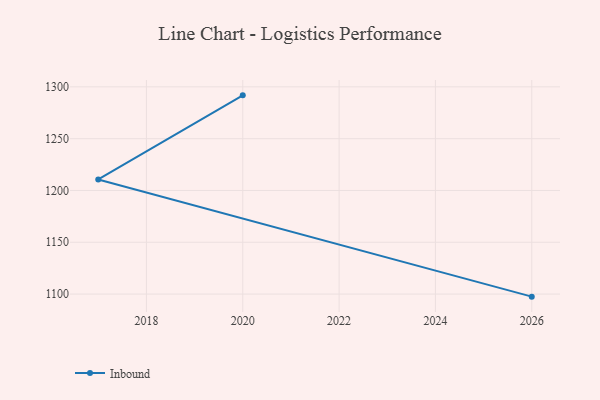
{"axis": {"x": "Year", "y": "Shipments"}, "legend": ["Inbound"], "data": [{"x": "2026", "y": 1097.5, "type": "Inbound"}, {"x": "2017", "y": 1210.6, "type": "Inbound"}, {"x": "2020", "y": 1291.8, "type": "Inbound"}]}